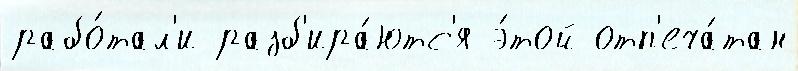
рабо́тал'и разб'ира́ютс'я э́той отп'еча́тан